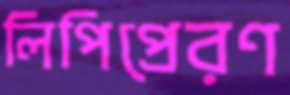
লিপিপ্রেরণ